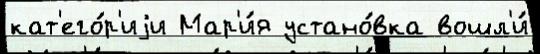
кат'его́р'иjи Мар'и́я устано́вка вошл'и́